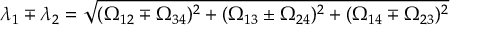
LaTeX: \lambda _ { 1 } \mp \lambda _ { 2 } = \sqrt { ( \Omega _ { 1 2 } \mp \Omega _ { 3 4 } ) ^ { 2 } + ( \Omega _ { 1 3 } \pm \Omega _ { 2 4 } ) ^ { 2 } + ( \Omega _ { 1 4 } \mp \Omega _ { 2 3 } ) ^ { 2 } }